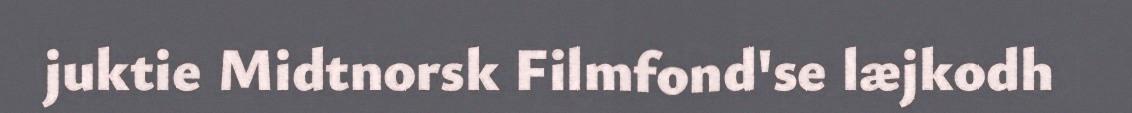
juktie Midtnorsk Filmfond'se læjkodh